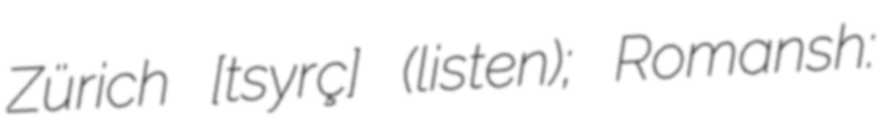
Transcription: Zürich [ˈtsyːrɪç] (listen); Romansh: